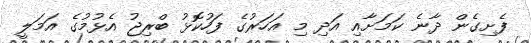
ފެށިގެން ދާނެ ކަމަށާއި އަދި މި އަހަރުގެ ފަހުކޮޅު ބްރިޖު އެޅުމުގެ އަމަލީ